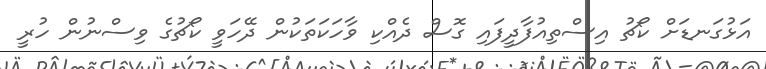
އަޅުގަނޑަށް ކޯޗު އިސްތިއުފާދީފައި ގޮސް ދެއްކި ވާހަކަތަކުން ދޭހަވީ ކޯޗުގެ ވިސްނުން ހުރީ